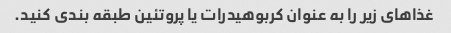
غذاهای زیر را به عنوان کربوهیدرات یا پروتئین طبقه بندی کنید.